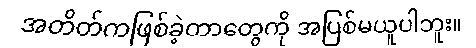
အတိတ်ကဖြစ်ခဲ့တာတွေကို အပြစ်မယူပါဘူး။